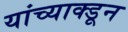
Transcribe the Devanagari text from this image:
यांच्याक्डून